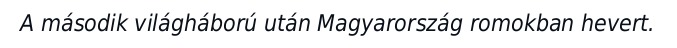
A második világháború után Magyarország romokban hevert.